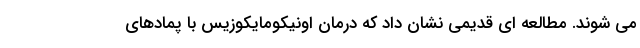
می شوند. مطالعه ای قدیمی نشان داد که درمان اونیکومایکوزیس با پمادهای